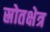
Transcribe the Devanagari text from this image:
स्रोतक्षेत्र